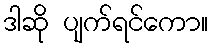
ဒါဆို ပျက်ရင်ကော။